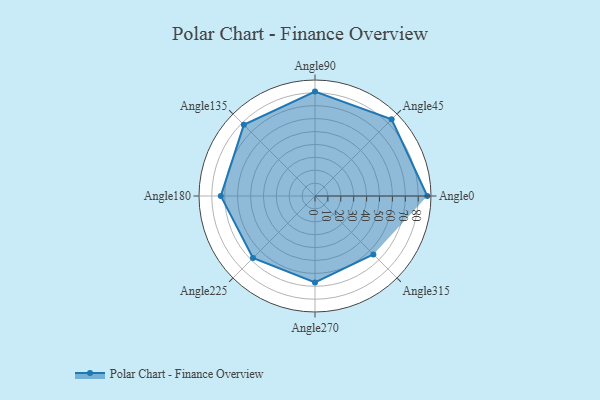
{"axis": {"x": "Angle", "y": "Radius"}, "legend": [""], "data": [{"x": "Angle0", "y": 87.0, "type": ""}, {"x": "Angle45", "y": 84.0, "type": ""}, {"x": "Angle90", "y": 81.0, "type": ""}, {"x": "Angle135", "y": 78.0, "type": ""}, {"x": "Angle180", "y": 73.0, "type": ""}, {"x": "Angle225", "y": 68.0, "type": ""}, {"x": "Angle270", "y": 67.0, "type": ""}, {"x": "Angle315", "y": 64.0, "type": ""}]}